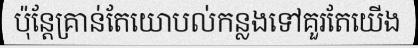
ប៉ុន្តែគ្រាន់តែយោបល់កន្លងទៅគួរតែយើង